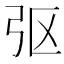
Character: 𫸩